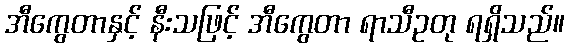
အီကွေတာနှင့် နီးသဖြင့် အီကွေတာ ရာသီဥတု ရရှိသည်။